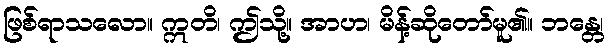
ဖြစ်ရာသလော။ ဣတိ၊ ဤသို့။ အာဟ၊ မိန့်ဆိုတော်မူ၏။ ဘန္တေ၊